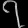
Digit: ၇